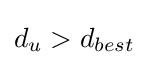
d_{u}>d_{best}